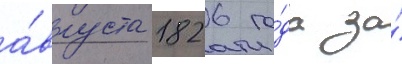
а́вгуста 1826 го́да за́